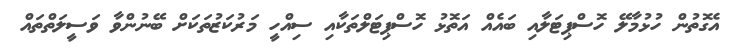
އެގޮތުން ހުޅުމާލޭ ހޮސްޕިޓަލާއި ބައެއް އަތޮޅު ހޮސްޕިޓަލްތަކާއި ސިއްހީ މަރުކަޒުތަކަށް ބޭނުންވާ ވަސީލަތްތައް